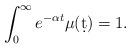
LaTeX: \begin{align*}\int_0^\infty e^{-\alpha t}\mu(\d t)=1.\end{align*}